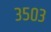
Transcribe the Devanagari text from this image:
३५०३